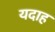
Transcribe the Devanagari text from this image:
यदाह